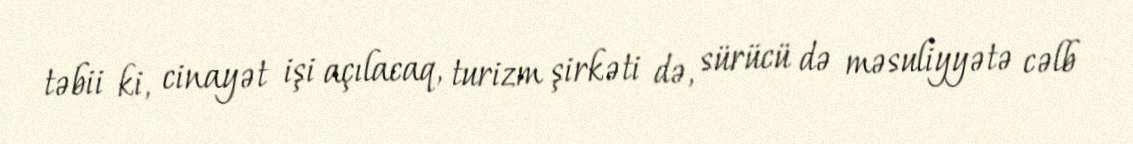
təbii ki, cinayət işi açılacaq, turizm şirkəti də, sürücü də məsuliyyətə cəlb